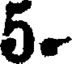
5.